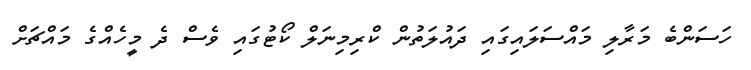
ހަސަންބެ މަރާލި މައްސަލައިގައި ދައުލަތުން ކްރިމިނަލް ކޯޓުގައި ވެސް ދެ މީހެއްގެ މައްޗަށް